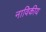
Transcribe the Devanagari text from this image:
नाविकीय